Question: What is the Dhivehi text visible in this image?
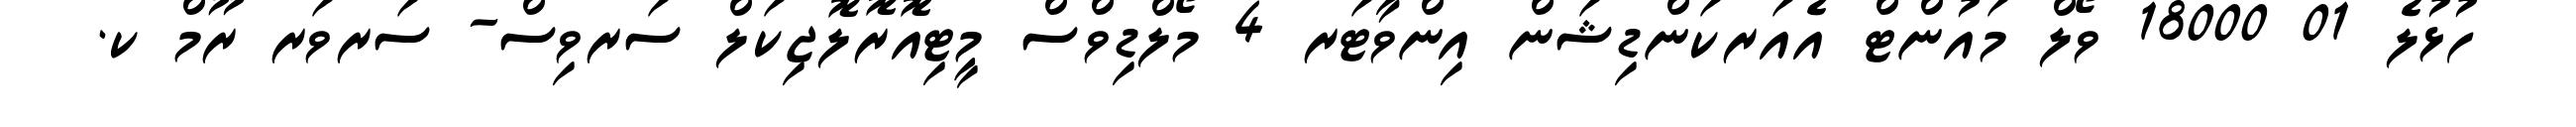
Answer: ހުޅުލެ 01 18000 ވޯލް މައުންޓް އެއަރކަންޑިޝަން އިންވާޓަރ 4 މޯލްޑިވްސް މީޓިއޮރޮލޮޖިކަލް ސަރވިސް- ސަރވަރ ރޫމް ކ.